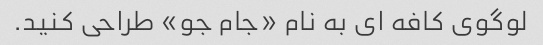
لوگوی کافه ای به نام «جام جو» طراحی کنید.